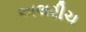
અલરીચ